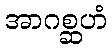
အာဂစ္ဆဟံ